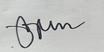
Signature authenticity: genuine